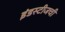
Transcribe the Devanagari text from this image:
इंडस्टीजची